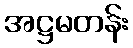
အဋ္ဌမတန်း